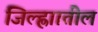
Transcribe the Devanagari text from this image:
जिल्ह्णाातील